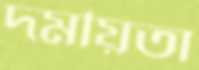
দময়িতা